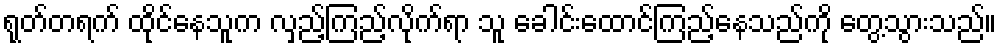
ရုတ်တရက် ထိုင်နေသူက လှည့်ကြည့်လိုက်ရာ သူ ခေါင်းထောင်ကြည့်နေသည်ကို တွေ့သွားသည်။